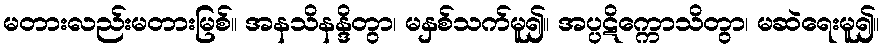
မတားလည်းမတားမြစ်။ အနသိနန္ဒိတွာ၊ မနှစ်သက်မူ၍။ အပ္ပဋိက္ကောသိတွာ၊ မဆဲရေးမူ၍။